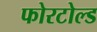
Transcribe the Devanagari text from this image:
फोरटोल्‍ड